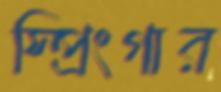
স্প্রিংগার